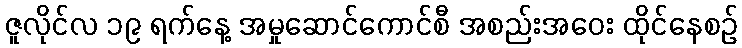
ဇူလိုင်လ ၁၉ ရက်နေ့ အမှုဆောင်ကောင်စီ အစည်းအဝေး ထိုင်နေစဉ်